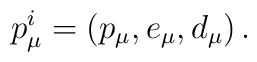
p_\mu ^i=\left( p_\mu ,e_\mu ,d_\mu \right) .